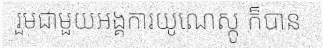
រួមជាមួយអង្គការយូណេស្កូ ក៏បាន